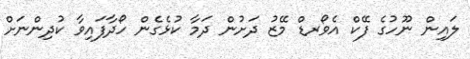
ލައިން ނޫހުގެ ފޭކް އެވޯރޑް މޭޒު ދަށުން ދަމާ ކުޅެގެން ހޯދާފައިވާ ކުދިންނަށް